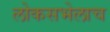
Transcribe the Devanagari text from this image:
लोकसभेलाच